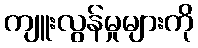
ကျူးလွန်မှုများကို